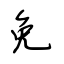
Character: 免